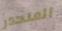
المنحدر